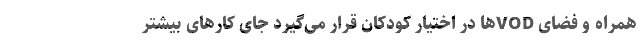
همراه و فضای VODها در اختیار کودکان قرار می‌گیرد جای کارهای بیشتر